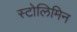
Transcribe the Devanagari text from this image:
स्टोलिमिन